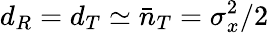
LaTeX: d_{R}=d_{T}\simeq\bar{n}_{T}=\sigma_{x}^{2}/2